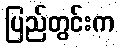
ပြည်တွင်းက